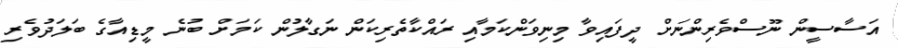
އަސާސީން ނޫސްވެރިންނަށް ދީފައިވާ މިނިވަންކަމާއި ރައްކާތެރިކަން ނަގާލުން ކަމަށް ބުނެ މީޑިއާގެ ބަލަދުވެރި